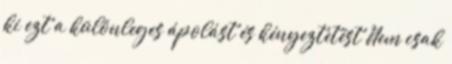
ki ezt a különleges ápolást és kényeztetést Nem csak